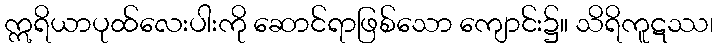
ဣရိယာပုထ်လေးပါးကို ဆောင်ရာဖြစ်သော ကျောင်း၌။ သိရိကူဋဿ၊